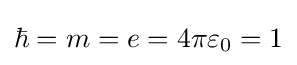
\hbar =m=e=4\pi \varepsilon _{0}=1